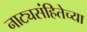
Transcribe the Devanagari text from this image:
नाट्यसंहितेच्या